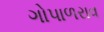
ગોપાળરાવ